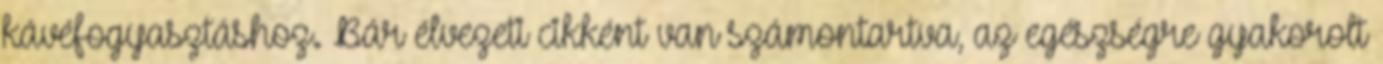
kávéfogyasztáshoz. Bár élvezeti cikként van számontartva, az egészségre gyakorolt